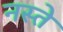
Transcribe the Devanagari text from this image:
नस्ते